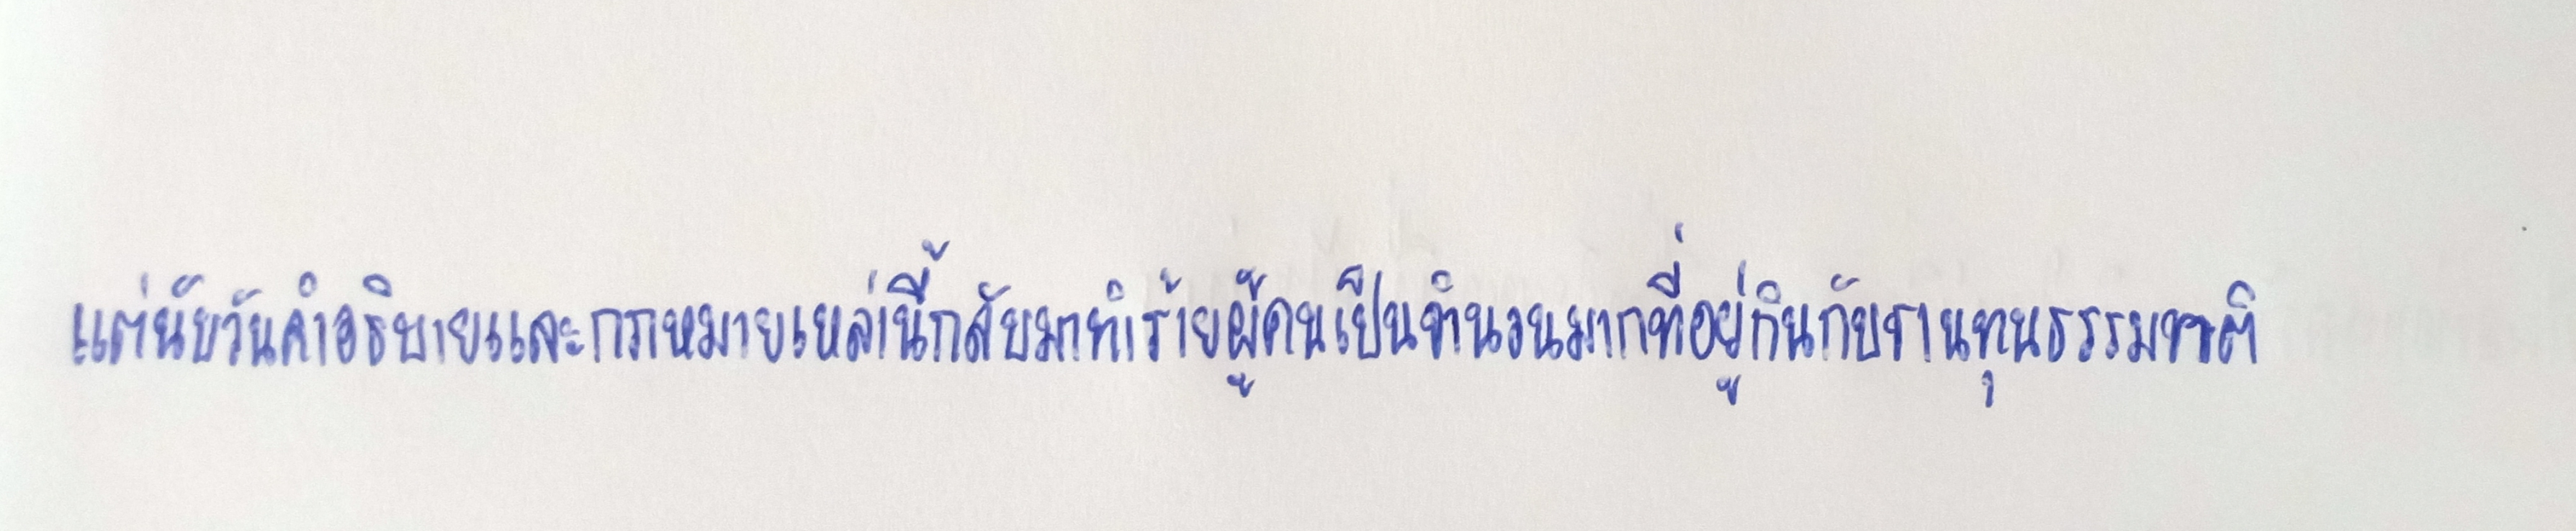
แต่นับวันคำอธิบายและกฎหมายเหล่านี้กลับมาทำร้ายผู้คนเป็นจำนวนมากที่อยู่กินกับฐานทุนธรรมชาติ